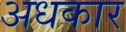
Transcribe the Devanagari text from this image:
अधकार